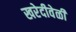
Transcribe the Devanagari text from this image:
खरेदीवेळी